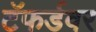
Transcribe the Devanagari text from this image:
टॅफर्डवर